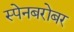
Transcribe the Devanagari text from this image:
स्पेनबरोबर